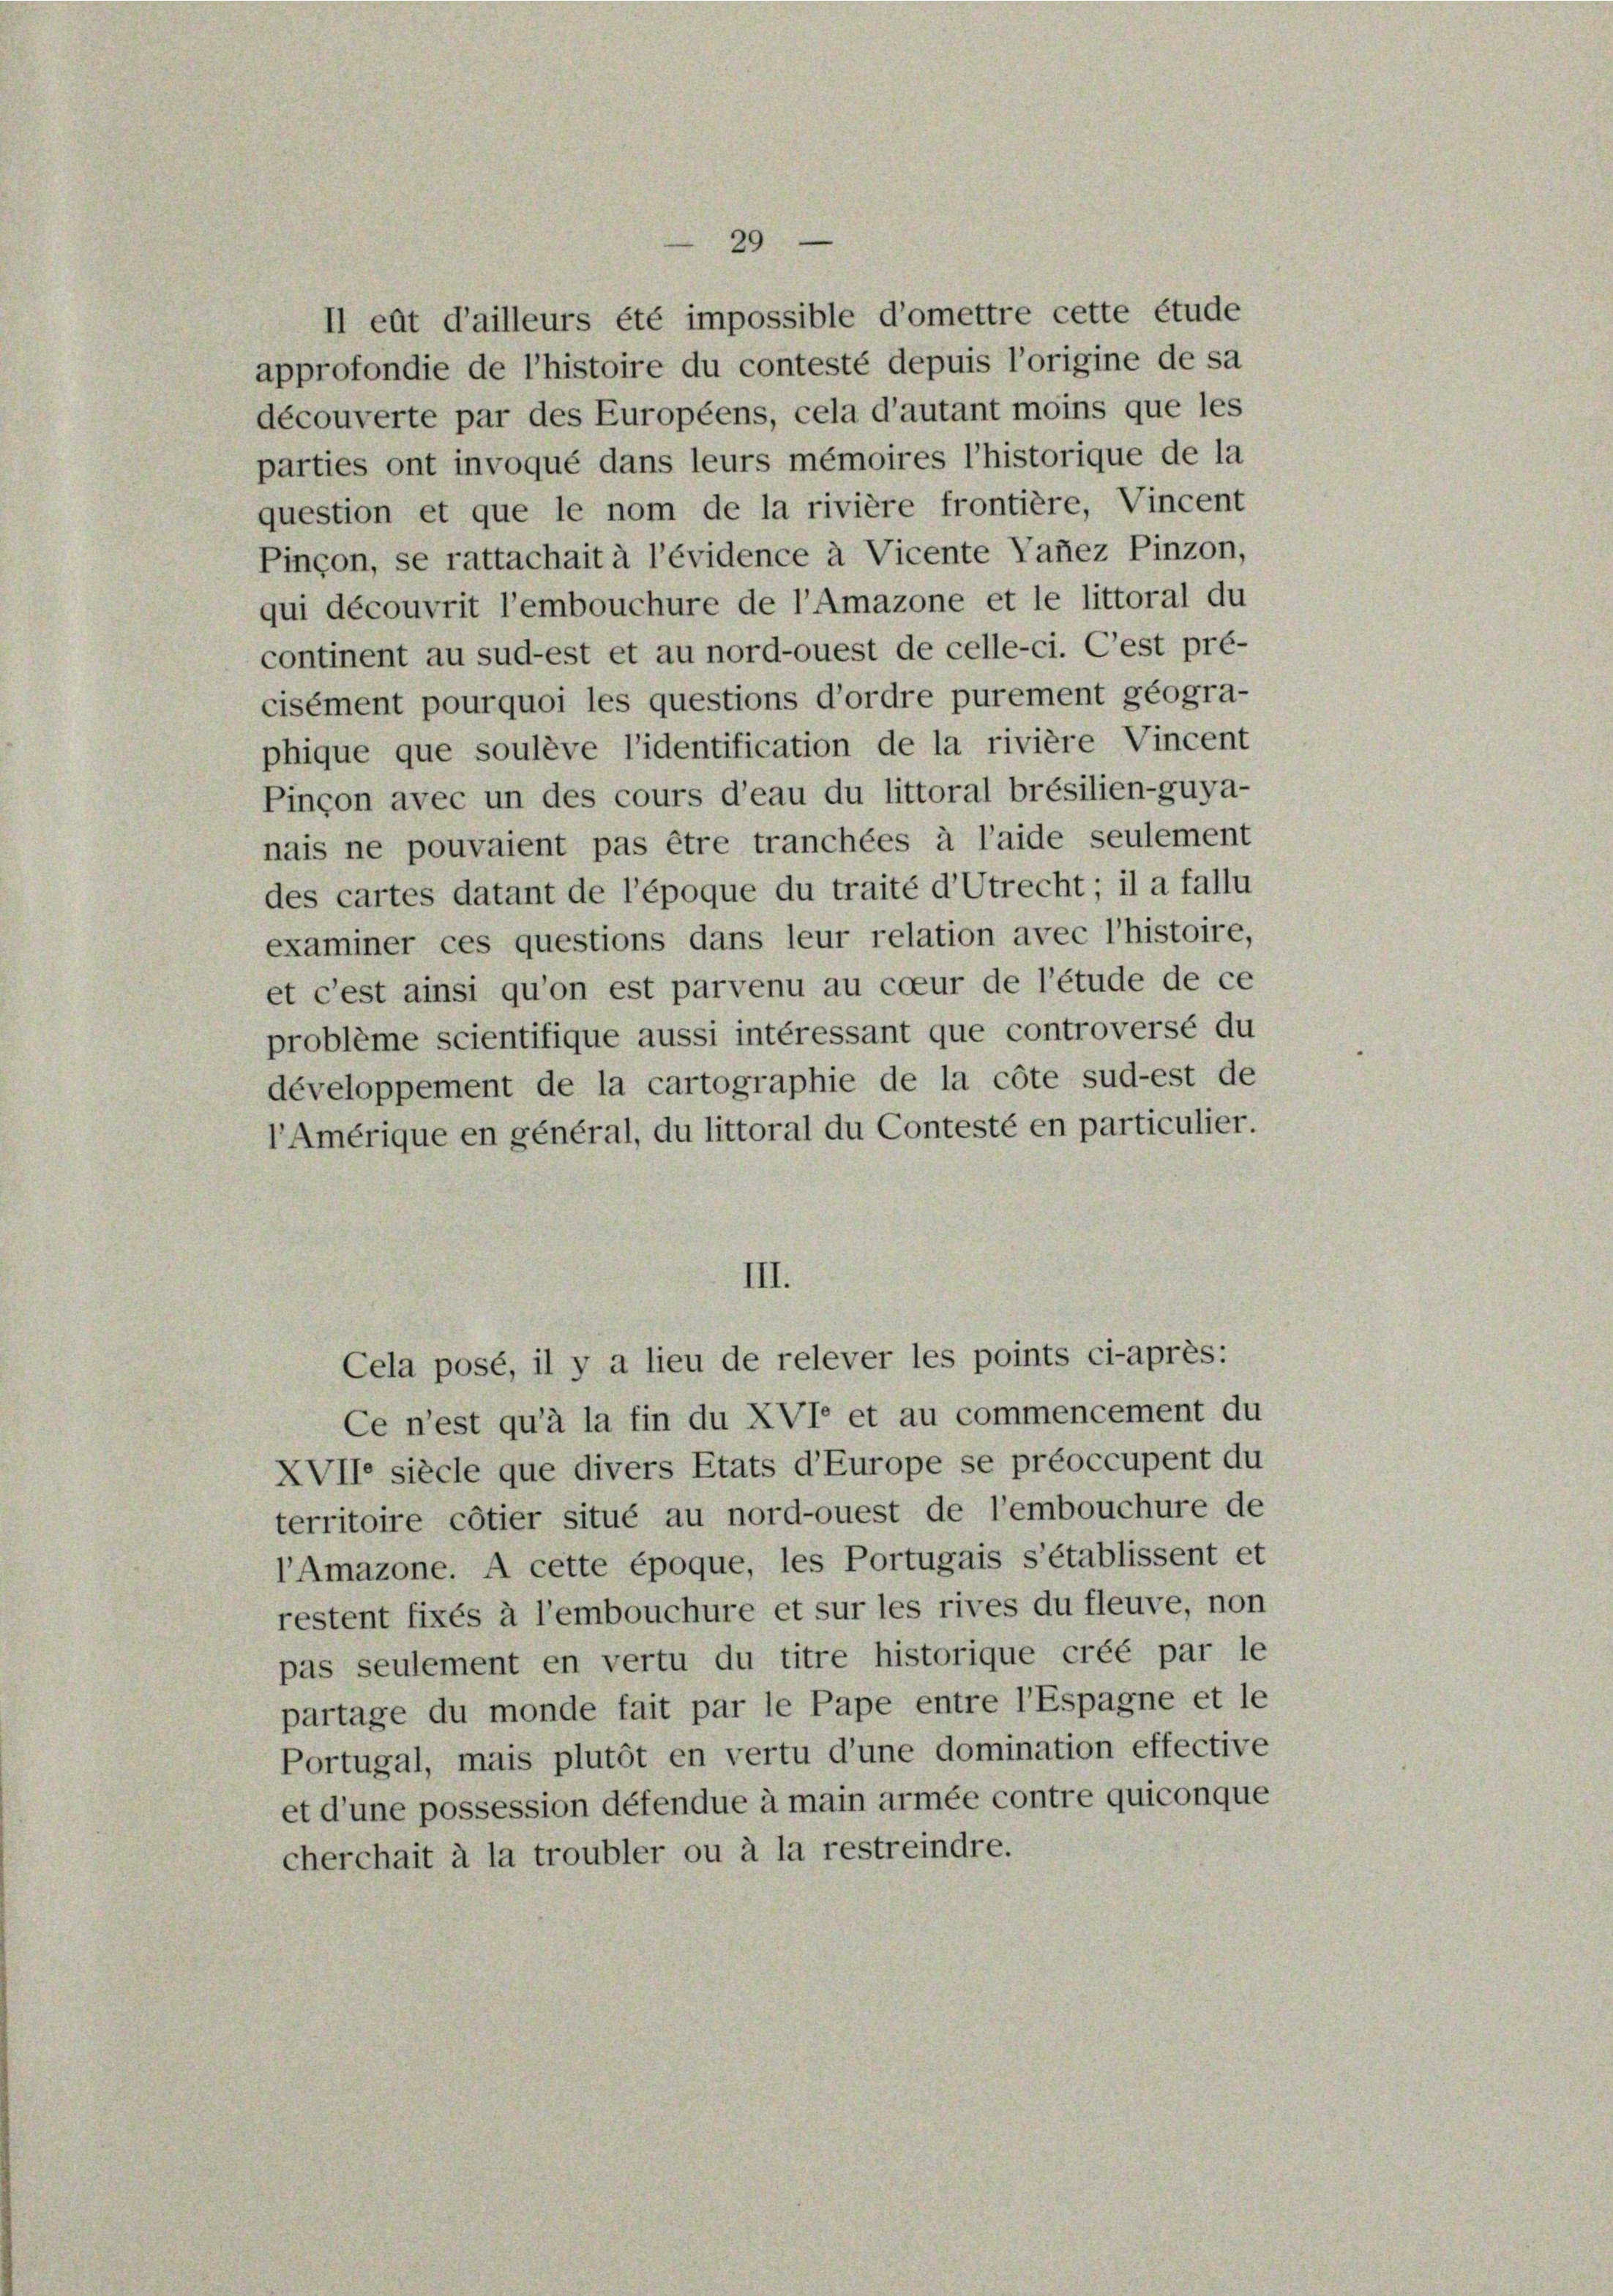
développement de la cartographie de la côte sud-est de
l’Amérique en général, du littoral du Contesté en particulier.
III.
Cela posé, il y a lieu de relever les points ci-après:
Ce n’est qu’à la fin du XVIe et au commencement du
XVIIe siècle que divers Etats d’Europe se préoccupent du
territoire côtier situé au nord-ouest de l’embouchure de
l’Amazone. A cette époque, les Portugais s’établissent et
restent fixés à l’embouchure et sur les rives du fleuve, non
pas seulement en vertu du titre historique créé par le
partage du monde fait par le Pape entre l’Espagne et le
Portugal, mais plutôt en vertu d’une domination effective
et d’une possession défendue à main armée contre quiconque
cherchait à la troubler ou à la restreindre.

29

II eût d’ailleurs été impossible d’omettre cette étude
approfondie de l’histoire du contesté depuis l’origine de sa
découverte par des Européens, cela d’autant moins que les
parties ont invoqué dans leurs mémoires l’historique de la
question et que le nom de la rivière frontière, Vincent
Pinçon, se rattachait à l’évidence à Vicente Vanez Pinzon,
qui découvrit l’embouchure de l’Amazone et le littoral du
continent au sud-est et au nord-ouest de celle-ci. C’est pré-
cisément pourquoi les questions d’ordre purement geogra-
phique que soulève l’identification de la rivière Vincent
Pincon avec un des cours d’eau du littoral brésilien-guya-
nais ne pouvaient pas être tranchées à l’aide seulement
des cartes datant de l’époque du traité d’Utrecht; il a fallu
examiner ces questions dans leur relation avec l’histoire,
et c’est ainsi qu’on est parvenu au coeur de l’étude de ce
problême scientifique aussi intéressant que controversé du